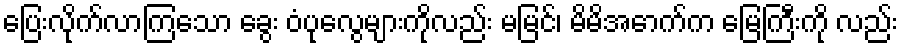
ပြေးလိုက်လာကြသော ခွေး ဝံပုလွေများကိုလည်း မမြင်၊ မိမိအောက်က မြေကြီးကို လည်း